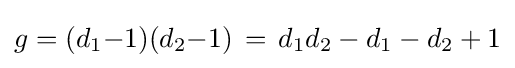
g=(d_{1}{-}1)(d_{2}{-}1)\,=\,d_{1}d_{2}-d_{1}-d_{2}+1